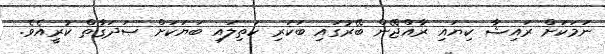
ނަމަކަށް ރައިޝާ ކިޔައި ރާއްޖޭން ބޭރުގައި ބަކަރި ކަތިލައި ބަޔަކަށް ޞަދަގާތް ކުރީއެވެ.